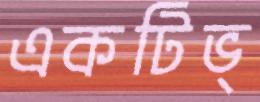
একটিভ্